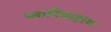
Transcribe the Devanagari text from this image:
प्लाविकाहरण